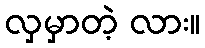
လှမှာတဲ့ လား။